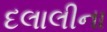
દલાલીના